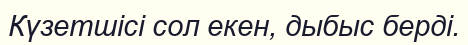
Күзетшісі сол екен, дыбыс берді.